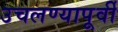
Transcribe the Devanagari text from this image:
उचलण्यापूर्वी